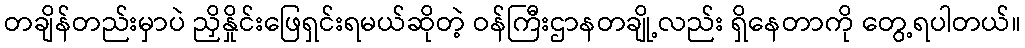
တချိန်တည်းမှာပဲ ညှိနှိုင်းဖြေရှင်းရမယ်ဆိုတဲ့ ဝန်ကြီးဌာနတချို့လည်း ရှိနေတာကို တွေ့ရပါတယ်။